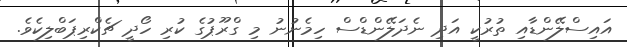
އައިސްލޭންޑާއި ތުރުކީ އަދި ނެދަލޭންޑްސް ހިމެނުނު މި ގްރޫޕުގެ ކުރި ހޯދީ ޗެކްރިޕަބްލިކެވެ.